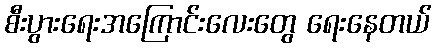
စီးပွားရေးအကြောင်းလေးတွေ ရေးနေတယ်